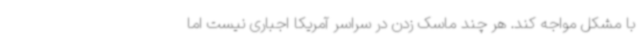
با مشکل مواجه کند. هر چند ماسک زدن در سراسر آمریکا اجباری نیست اما